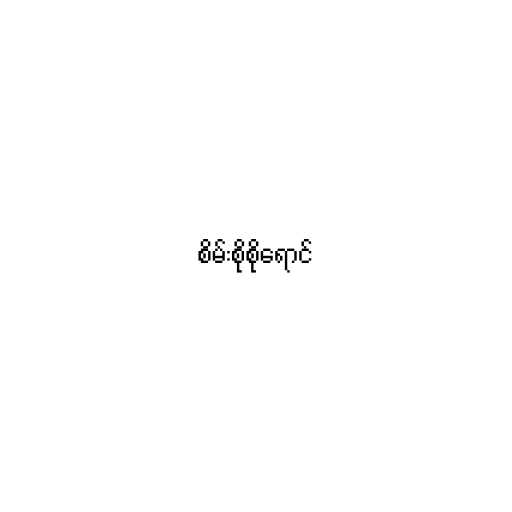
စိမ်းစိုစိုရောင်